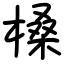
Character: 槡